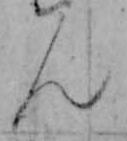
ん